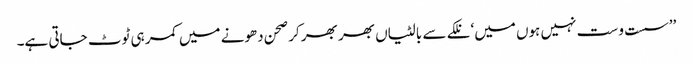
’’سست و ست نہیں ہوں میں‘ نلکے سے بالٹیاں بھر بھر کر صحن دھونے میں کمر ہی ٹوٹ جاتی ہے۔